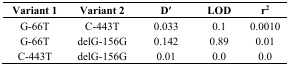
<table><thead><tr><td><b>Variant 1</b></td><td><b>Variant 2</b></td><td><b>D′</b></td><td><b>LOD</b></td><td><b>r<sup>2</sup></b></td></tr></thead><tbody><tr><td>G-66T</td><td>C-443T</td><td>0.033</td><td>0.1</td><td>0.0010</td></tr><tr><td>G-66T</td><td>delG-156G</td><td>0.142</td><td>0.89</td><td>0.01</td></tr><tr><td>C-443T</td><td>delG-156G</td><td>0.01</td><td>0.0</td><td>0.0</td></tr></tbody></table>